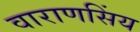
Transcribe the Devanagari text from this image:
वाराणसिंय